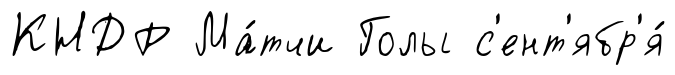
КНДР Ма́тчи Голы с'ент'ябр'я́